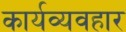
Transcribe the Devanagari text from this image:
कार्यव्यवहार